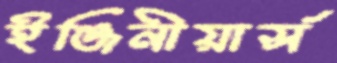
ইঞ্জিনীয়ার্স